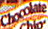
Chocolate